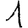
Digit: 1